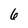
Character: 6